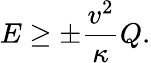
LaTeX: E\ge\pm\frac{v^{2}}{\kappa}Q.